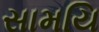
સામયિ